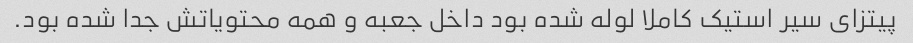
پیتزای سیر استیک کاملا لوله شده بود داخل جعبه و همه محتویاتش جدا شده بود.